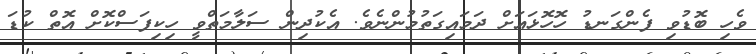
ވެހި ބޮޑުވި ފެންގަނޑު ހޮހޮޅައަށް ދަމައިގަތުމުންނެވެ. އެކުދިން ސަލާމަތްވީ ހިކިފަސްކޮށް އޮތް ކުޑަ